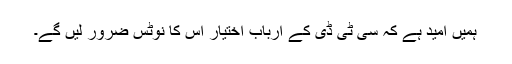
ہمیں امید ہے کہ سی ٹی ڈی کے ارباب اختیار اس کا نوٹس ضرور لیں گے۔